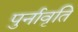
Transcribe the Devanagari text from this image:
पुर्नावृति